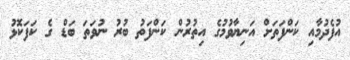
އުފެދުމާއި ކަންފަތަށް އަނިޔާވުމުގެ އިތުރުން ކަންފަތު ބުރު ނުވަތަ ބަޑް ގެ ކަފަކޮޅު